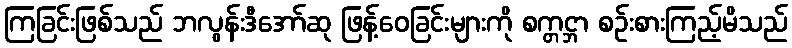
ကြခြင်းဖြစ်သည် ဘလွန်းဒီအော်ဆု ဖြန့်ဝေခြင်းများကို စက္တင္ဘာ စဉ်းစားကြည့်မိသည်